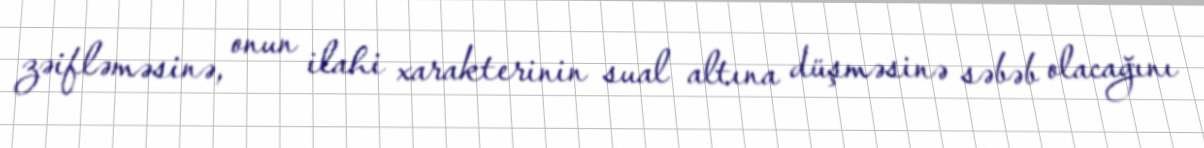
zəifləməsinə, onun ilahi xarakterinin sual altına düşməsinə səbəb olacağını